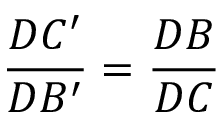
{ \frac { D C ^ { \prime } } { D B ^ { \prime } } } = { \frac { D B } { D C } }